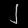
Digit: ၂